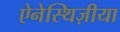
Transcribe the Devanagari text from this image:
ऐनेस्थिज़ीया